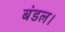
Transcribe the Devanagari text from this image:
बंडल।